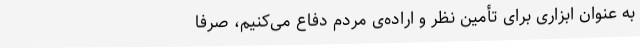
به عنوان ابزاری برای تأمین نظر و اراده‌ی مردم دفاع می‌کنیم،‌ صرفاً